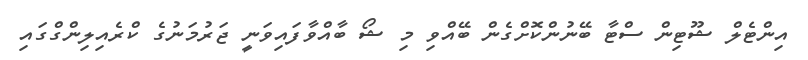
އިންޓެލް ޝޫޓިން ސްޓާ ބޭނުންކޮށްގެން ބޭއްވި މި ޝޯ ބާއްވާފައިވަނީ ޖަރުމަނުގެ ކްރެއިލިންގްގައި